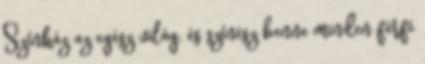
Színház az egész világ, és színész benne minden férfi